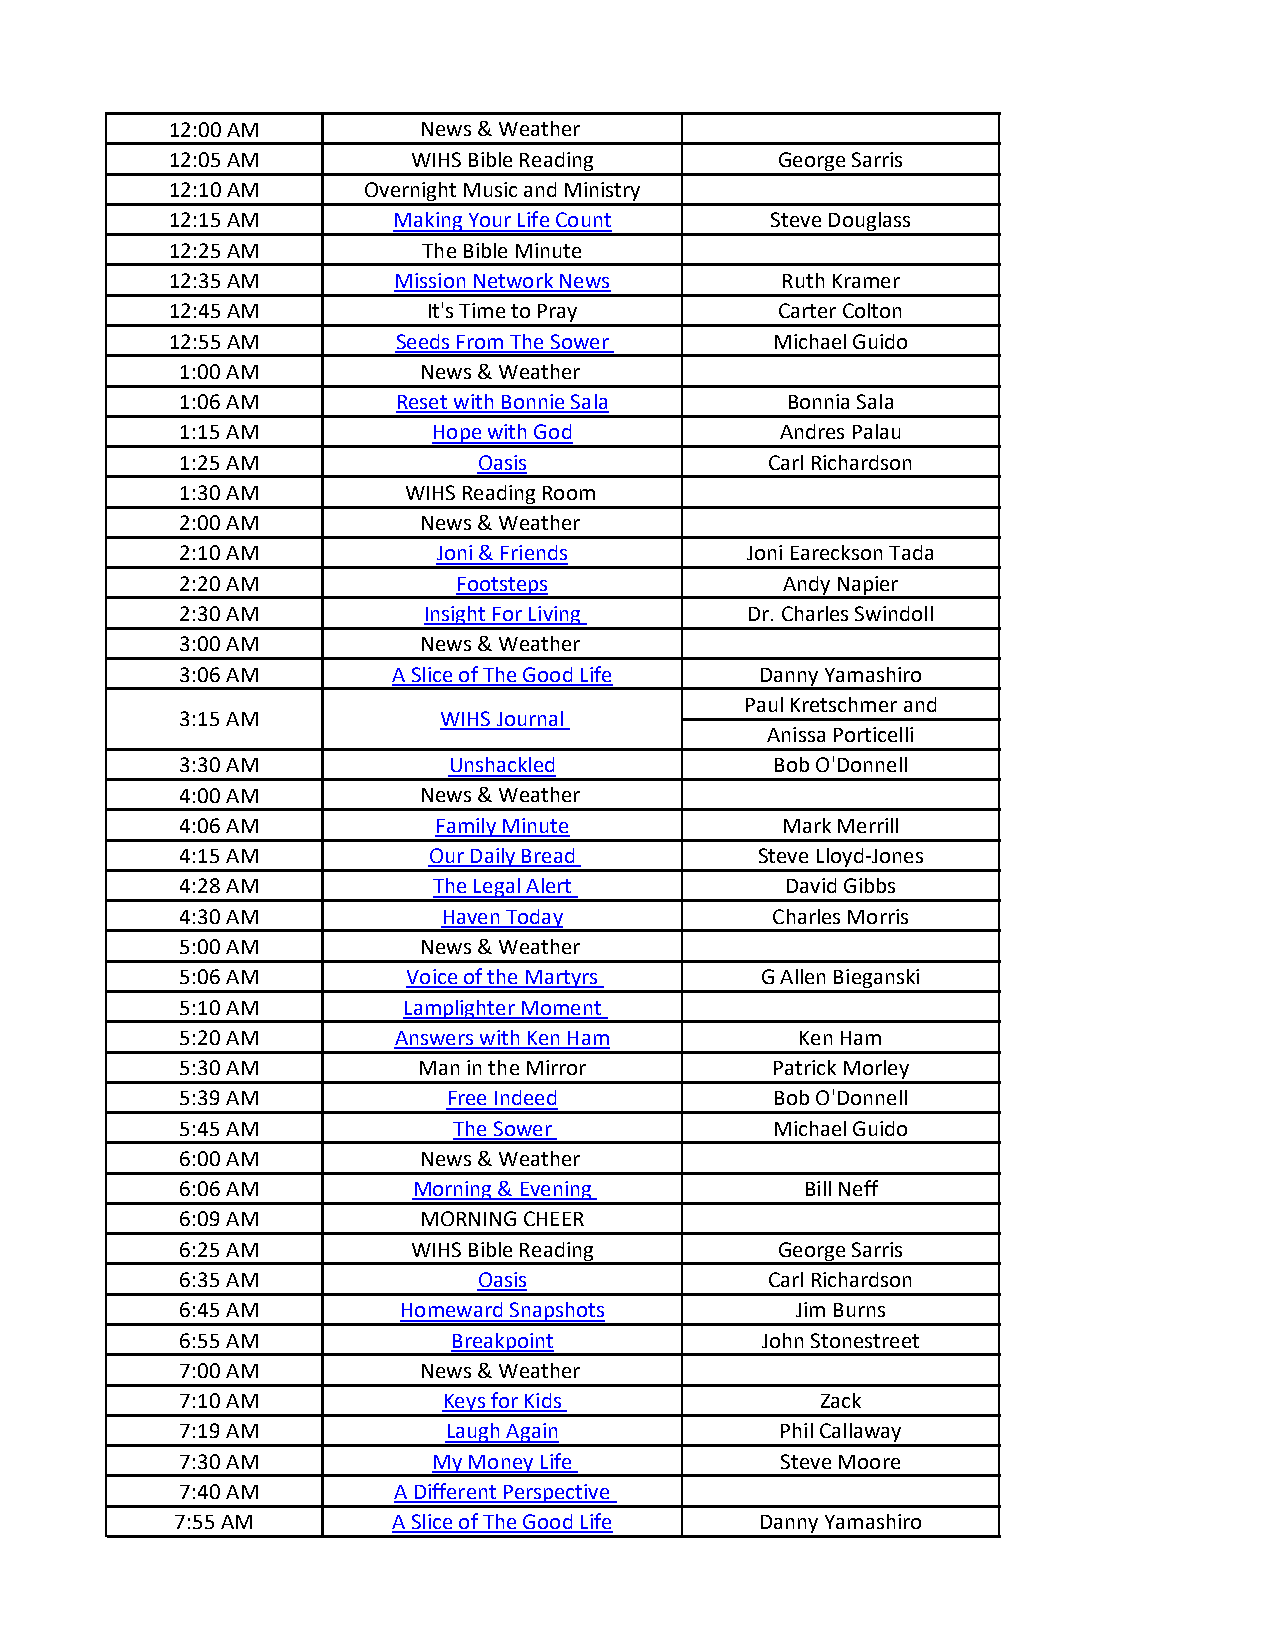
12:00 AM         News & Weather
 12:05 AM        WIHS Bible Reading       George Sarris
 12:10 AM     Overnight Music and Ministry
 12:15 AM       Making Your Life Count   Steve Douglass
 12:25 AM         The Bible Minute
 12:35 AM       Mission Network News      Ruth Kramer
 12:45 AM         It's Time to Pray       Carter Colton
 12:55 AM       Seeds From The Sower     Michael Guido
 1:00 AM         News & Weather
 1:06 AM       Reset with Bonnie Sala    Bonnia Sala
 1:15 AM          Hope with God          Andres Palau
 1:25 AM             Oasis              Carl Richardson
 1:30 AM        WIHS Reading Room
 2:00 AM         News & Weather
 2:10 AM          Joni & Friends      Joni Eareckson Tada
 2:20 AM           Footsteps             Andy Napier
 2:30 AM         Insight For Living   Dr. Charles Swindoll
 3:00 AM         News & Weather
 3:06 AM       A Slice of The Good Life Danny Yamashiro
 Paul Kretschmer and
 3:15 AM          WIHS Journal
 Anissa Porticelli
 3:30 AM           Unshackled           Bob O'Donnell
 4:00 AM         News & Weather
 4:06 AM          Family Minute          Mark Merrill
 4:15 AM         Our Daily Bread       Steve Lloyd-Jones
 4:28 AM          The Legal Alert        David Gibbs
 4:30 AM          Haven Today           Charles Morris
 5:00 AM         News & Weather
 5:06 AM        Voice of the Martyrs   G Allen Bieganski
 5:10 AM        Lamplighter Moment
 5:20 AM       Answers with Ken Ham       Ken Ham
 5:30 AM         Man in the Mirror      Patrick Morley
 5:39 AM           Free Indeed          Bob O'Donnell
 5:45 AM           The Sower            Michael Guido
 6:00 AM         News & Weather
 6:06 AM        Morning & Evening         Bill Neff
 6:09 AM         MORNING CHEER
 6:25 AM        WIHS Bible Reading       George Sarris
 6:35 AM             Oasis              Carl Richardson
 6:45 AM       Homeward Snapshots         Jim Burns
 6:55 AM           Breakpoint          John Stonestreet
 7:00 AM         News & Weather
 7:10 AM          Keys for Kids            Zack
 7:19 AM           Laugh Again           Phil Callaway
 7:30 AM          My Money Life          Steve Moore
 7:40 AM       A Different Perspective
 7:55 AM       A Slice of The Good Life Danny Yamashiro